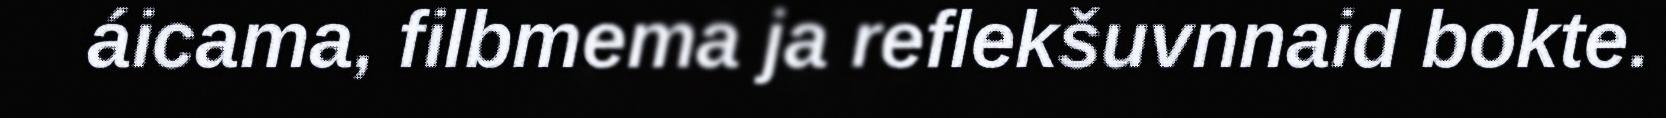
áicama, filbmema ja reflekšuvnnaid bokte.